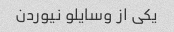
یکی از وسایلو نیوردن